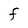
Character: F